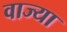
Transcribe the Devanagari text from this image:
वाज्या